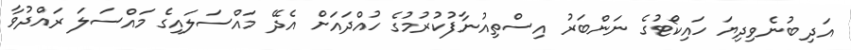
އަދި ބުނެވިދިޔަ ހައިކޯޓުގެ ނަންބަރު އިސްތިއުނާފުކުރުމުގެ ހުއްދައަށް އެދޭ މައްސަލައިގެ މައްސަލަ ރައްދުވާ